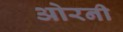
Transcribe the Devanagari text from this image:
ओरनी